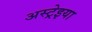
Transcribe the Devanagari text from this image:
अस्ट्रेइया